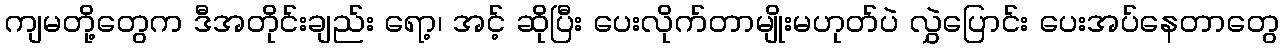
ကျမတို့တွေက ဒီအတိုင်းချည်း ရော့၊ အင့် ဆိုပြီး ပေးလိုက်တာမျိုးမဟုတ်ပဲ လွှဲပြောင်း ပေးအပ်နေတာတွေ